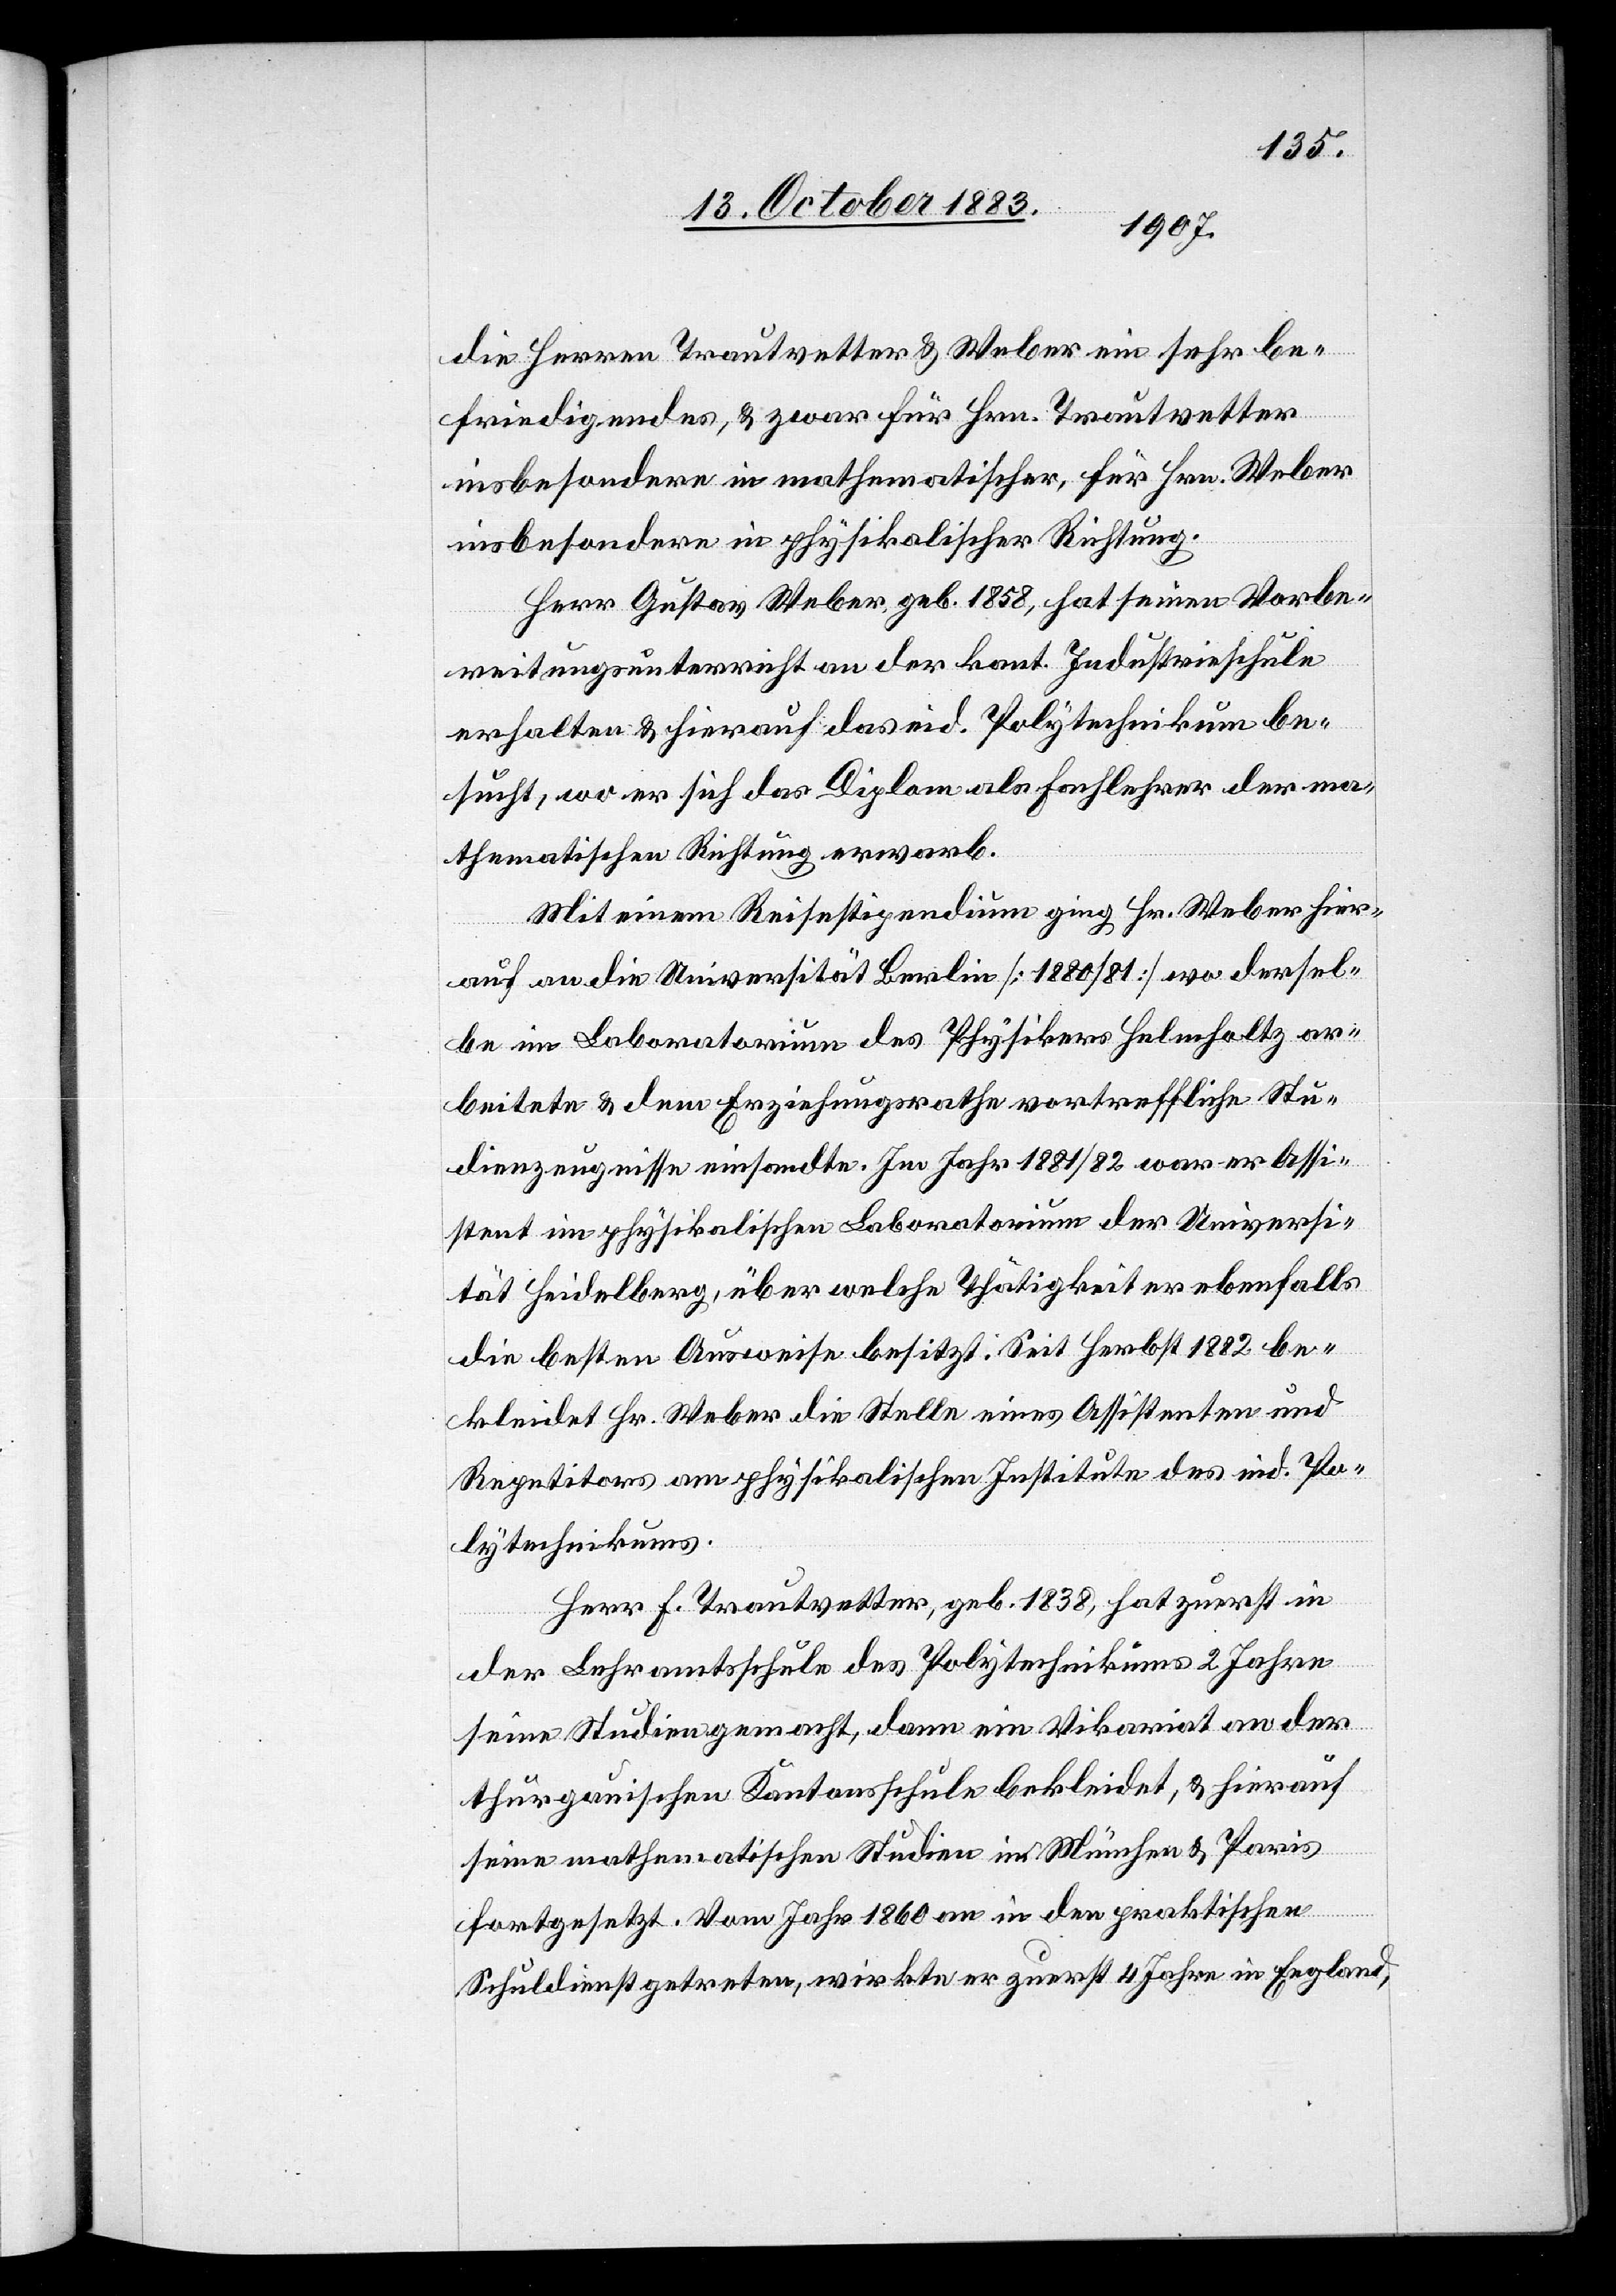
die Herren Trauvetter & Weber ein sehr be¬
friedigendes, & zwar für Hrn. Trauvetter
insbesondere in physikalischer Richtung.
Herr Gustav Weber, geb. 1858, hat einen Vorbe¬
reitungsunterricht an der kant. Industrieschule
erhalten & hierauf das eid. Polytechnikum be¬
sucht, wo er sich das Diplom als Fachlehrer der ma¬
thematischen Richtung erwarb.
Mit einem Reisestipendium ging Hr. Weber hier¬
auf an die Universität Berlin [1880/81] wo dersel¬
be im Laboratorium des Physikers Helmholtz ar¬
beitete & dem Erziehungsrathe vortreffliche Stu¬
dienzeugnisse einsandte. Im Jahr 1881/82 war er Assi¬
stent im physikalischen Laboratorium der Universi¬
tät Heidelberg, über welche Thätigkeit er ebenfalls
die besten Ausweise besitzt. Seit Herbst 1882 be¬
kleidet Hr. Weber die Stelle eines Assistenten und
Repetitors am physikalischen Institute des eid. Po¬
lytechnikums.
Herr F. Trautvetter, geb. 1838, hat zuerst in
der Lehramtsschule des Polytechnikums 2 Jahre
seine Studien gemacht, dann ein Vikariat an der
thurgauischen Kantonsschule bekleidet, & hierauf
seine mathematischen Studien in München & Paris
fortgesetzt. Vom Jahr 1860 in den praktischen
Schuldienst getreten, wirkte er zuerst 4 Jahre in England,